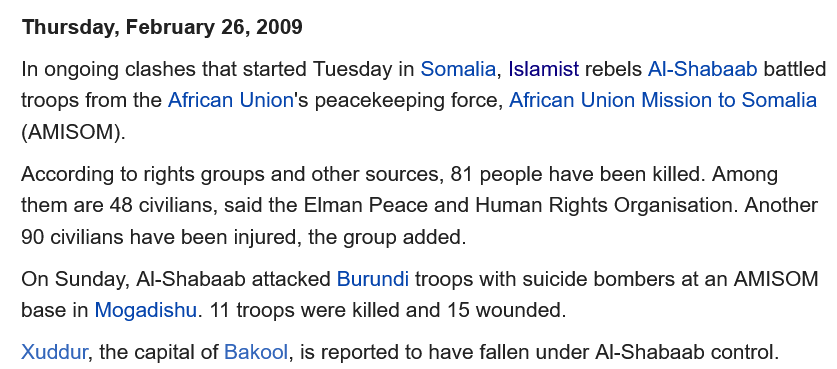
In ongoing clashes that started Tuesday in Somalia, Islamist rebels Al-Shabaab battled
  troops from the African Union's peacekeeping force, African Union Mission to Somalia
   (AMISOM).
  According to rights groups and other sources, 81 people have been killed. Among
  them are 48 civilians, said the Elman Peace and Human Rights Organisation. Another
   90 civilians have been injured, the group added.
   On Sunday, Al-Shabaab attacked Burundi troops with suicide bombers at an AMISOM
   base in Mogadishu. 11 troops were killed and 15 wounded.
   Thursday, February 26, 2009
  Xuddur, the capital of Bakool, is reported to have fallen under Al-Shabaab control.